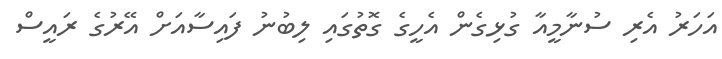
އަހަރު އެރި ސުނާމީއާ ގުޅިގެން އެހީގެ ގޮތުގައި ލިބުނު ފައިސާއަށް އޭރުގެ ރައީސް